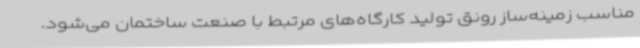
مناسب زمینه‌ساز رونق تولید کارگاه‌های مرتبط با صنعت ساختمان می‌شود.